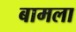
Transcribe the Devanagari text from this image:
बामला